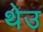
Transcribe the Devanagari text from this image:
थेउ